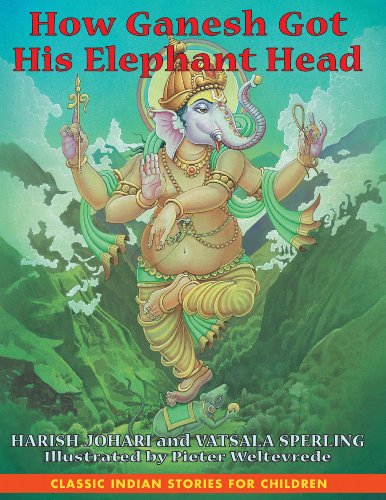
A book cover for How Ganesh Got His Elephant Head; Harish Johari; Children's Books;